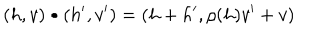
( h , v ) \bullet ( h ^ { \prime } , v ^ { \prime } ) = ( h + h ^ { \prime } , \rho ( h ) v ^ { \prime } + v )